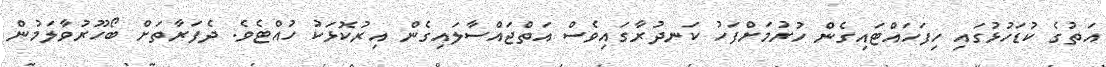
އަތުގެ ކުޑަހުޅުގައި ހިފަހައްޓައިގެން ހުރުމަށްފަހު ކަނދުރާގައިވެސް އަތްޖައްސާލައިގެން އިރުކޮޅަކު ހުއްޓެވެ. ދެފަރާތަށް ބޯހޫރުވާލަމުން